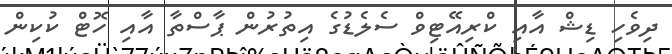
ދިވެހި ޑިޝް އާއި ކްރިއޭޓިވް ސެލެޑުގެ އިތުރުން ޕާސްތާ އާއި ހޮޓް ކުކިން